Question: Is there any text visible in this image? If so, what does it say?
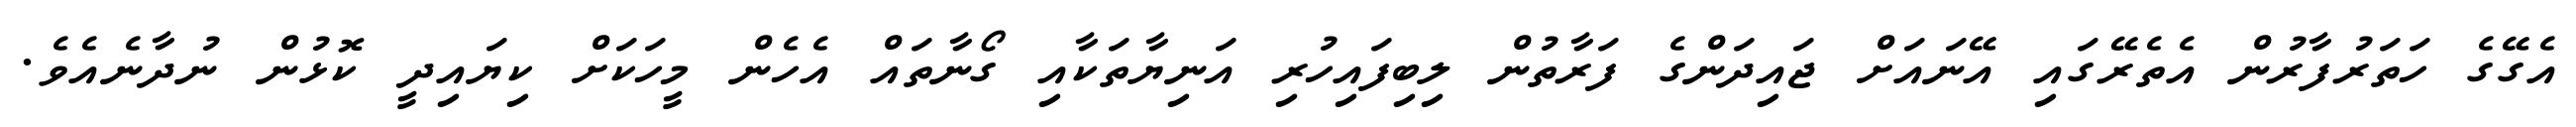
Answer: އެގޭގެ ހަތަރުފާރުން އެތެރޭގައި އޭނައަށް ޖައިދަންގެ ފަރާތުން ލިބިފައިހުރި އަނިޔާތަކާއި ގޯނާތައް އެހެން މީހަކަށް ކިޔައިދީ ކޮޅުން ނުދާނެއެވެ.